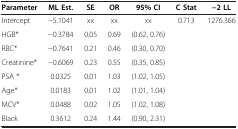
| Parameter | ML Est. | SE | OR | 95% CI | C Stat | −2 LL |
 | --- | --- | --- | --- | --- | --- | --- |
 | Intercept | −5.1041 | xx | xx | xx | 0.713 | 1276.366 |
 | HGB* | −0.3784 | 0.05 | 0.69 | (0.62, 0.76) |  |  |
 | RBC* | −0.7641 | 0.21 | 0.46 | (0.30, 0.70) |  |  |
 | Creatinine* | −0.6069 | 0.23 | 0.55 | (0.35, 0.85) |  |  |
 | PSA * | 0.0325 | 0.01 | 1.03 | (1.02, 1.05) |  |  |
 | Age* | 0.0183 | 0.01 | 1.02 | (1.01, 1.04) |  |  |
 | MCV* | 0.0488 | 0.02 | 1.05 | (1.02, 1.08) |  |  |
 | Black | 0.3612 | 0.24 | 1.44 | (0.90, 2.31) |  |  |